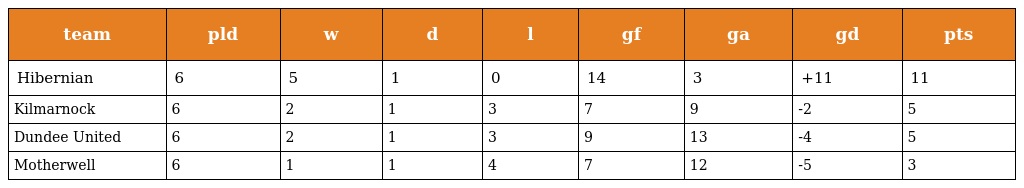
| team | pld | w | d | l | gf | ga | gd | pts |
 | --- | --- | --- | --- | --- | --- | --- | --- | --- |
 | Hibernian | 6 | 5 | 1 | 0 | 14 | 3 | +11 | 11 |
 | Kilmarnock | 6 | 2 | 1 | 3 | 7 | 9 | -2 | 5 |
 | Dundee United | 6 | 2 | 1 | 3 | 9 | 13 | -4 | 5 |
 | Motherwell | 6 | 1 | 1 | 4 | 7 | 12 | -5 | 3 |